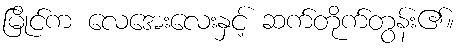
မြိုင်က လေအေးလေးနှင့် ဆက်တိုက်တွန်း၏။